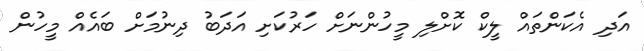
އަދި އެކަންތައް ލީކް ކޮށްލި މީހުންނަށް ހަރުކަށި އަދަބު ދިނުމަށް ބައެއް މީހުން